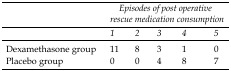
|  | <COLSPAN=5> Episodes of post operative rescue medication consumption |
 |  | 1 | 2 | 3 | 4 | 5 |
 | --- | --- | --- | --- | --- | --- |
 | Dexamethasone group | 11 | 8 | 3 | 1 | 0 |
 | Placebo group | 0 | 0 | 4 | 8 | 7 |